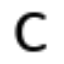
c